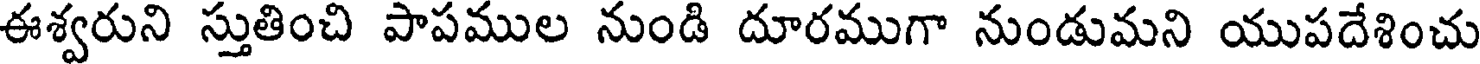
ఈశ్వరుని స్తుతించి పాపముల నుండి దూరముగా నుండుమని యుపదేశించు